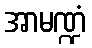
အာမဏ္ဍံ